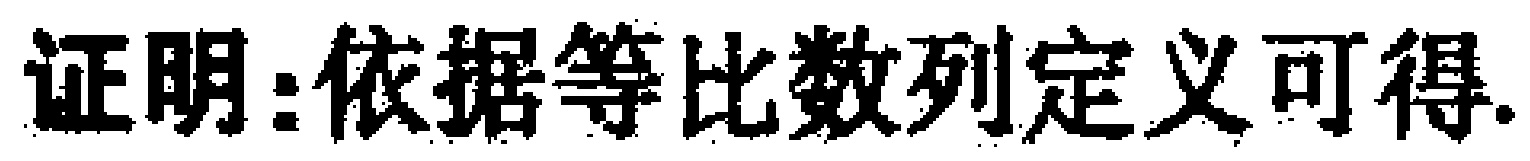
证明：依据等比数列定义可得.